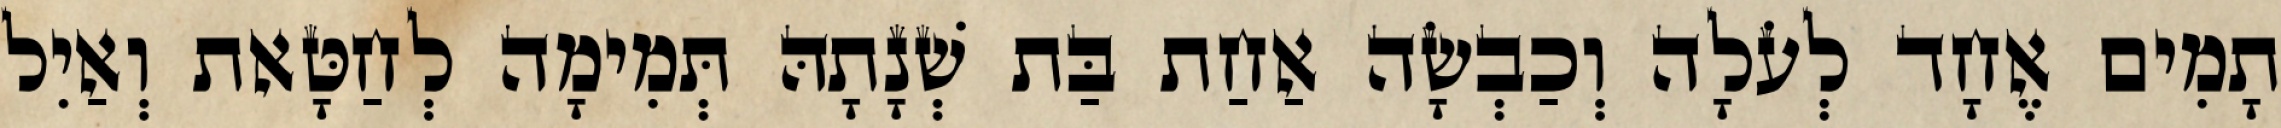
תָמִים אֶחָד לְעֹלָה וְכַבְשָׂה אַחַת בַּת שְׁנָתָהּ תְּמִימָה לְחַטָּאת וְאַיִל